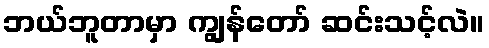
ဘယ်ဘူတာမှာ ကျွန်တော် ဆင်းသင့်လဲ။